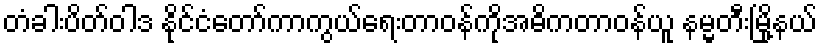
တံခါးပိတ်ဝါဒ နိုင်ငံတော်ကာကွယ်ရေးတာဝန်ကိုအဓိကတာဝန်ယူ နမ္မတီးမြို့နယ်